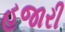
હજારી